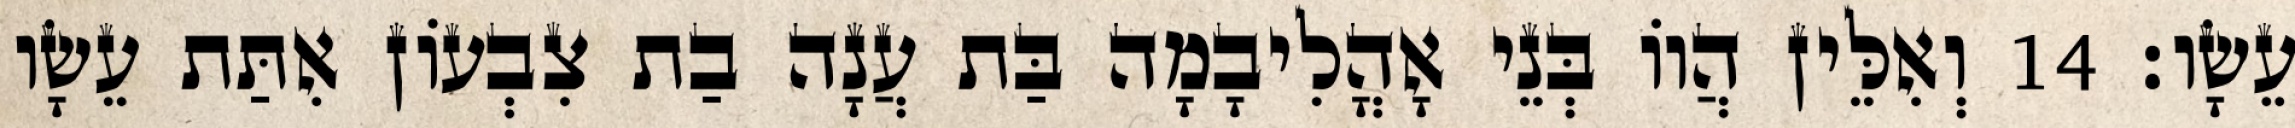
עֵשָׂו׃ 14 וְאִלֵּין הֲווֹ בְּנֵי אָהֳלִיבָמָה בַּת עֲנָה בַת צִבְעוֹן אִתַּת עֵשָׂו